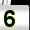
Digit: 5